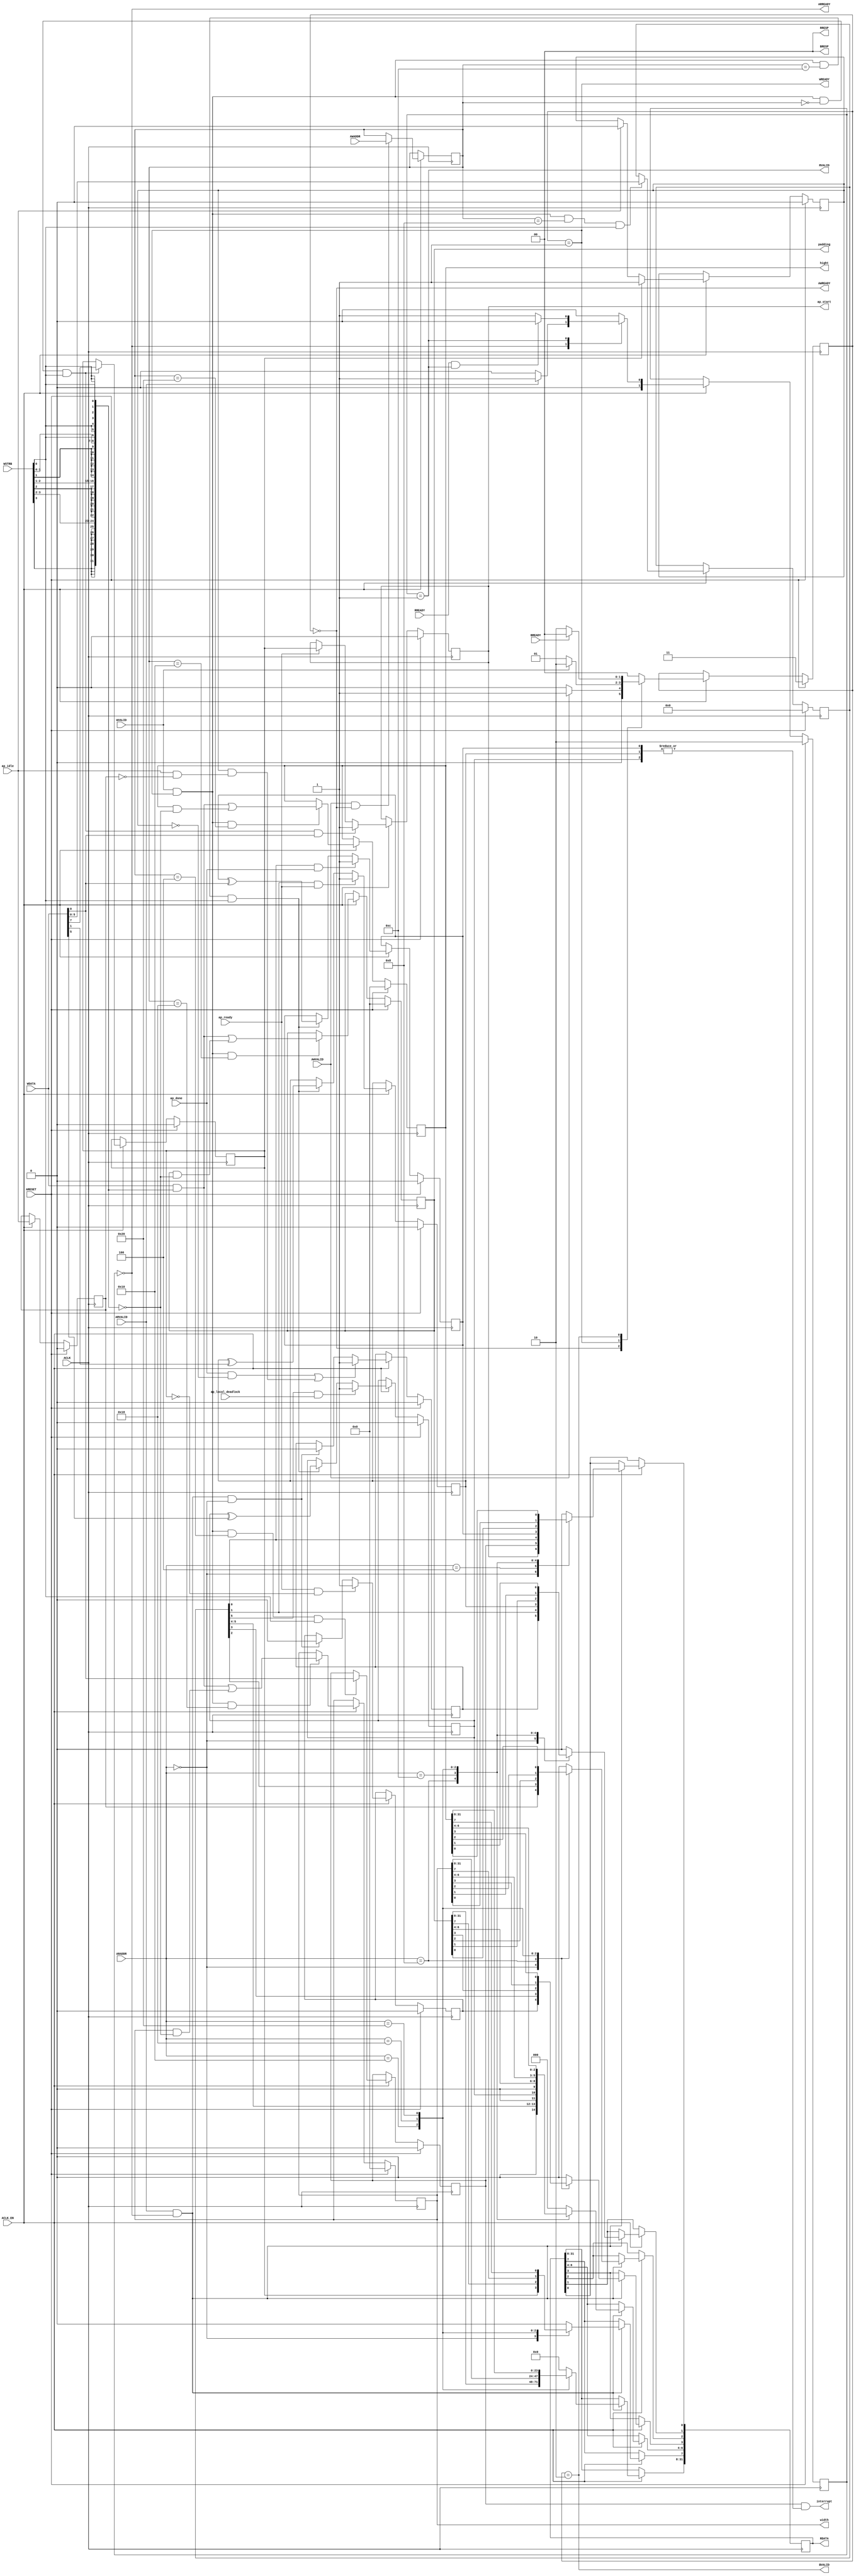
// ==============================================================
// Vitis HLS - High-Level Synthesis from C, C++ and OpenCL v2021.2 (64-bit)
// Copyright 1986-2021 Xilinx, Inc. All Rights Reserved.
// ==============================================================
`timescale 1ns/1ps
module CNN_control_s_axi
#(parameter
    C_S_AXI_ADDR_WIDTH = 6,
    C_S_AXI_DATA_WIDTH = 32
)(
    input  wire                          ACLK,
    input  wire                          ARESET,
    input  wire                          ACLK_EN,
    input  wire [C_S_AXI_ADDR_WIDTH-1:0] AWADDR,
    input  wire                          AWVALID,
    output wire                          AWREADY,
    input  wire [C_S_AXI_DATA_WIDTH-1:0] WDATA,
    input  wire [C_S_AXI_DATA_WIDTH/8-1:0] WSTRB,
    input  wire                          WVALID,
    output wire                          WREADY,
    output wire [1:0]                    BRESP,
    output wire                          BVALID,
    input  wire                          BREADY,
    input  wire [C_S_AXI_ADDR_WIDTH-1:0] ARADDR,
    input  wire                          ARVALID,
    output wire                          ARREADY,
    output wire [C_S_AXI_DATA_WIDTH-1:0] RDATA,
    output wire [1:0]                    RRESP,
    output wire                          RVALID,
    input  wire                          RREADY,
    output wire                          interrupt,
    output wire [31:0]                   padding,
    output wire [31:0]                   width,
    output wire [31:0]                   hight,
    output wire                          ap_start,
    input  wire                          ap_done,
    input  wire                          ap_ready,
    input  wire                          ap_idle,
    input  wire [0:0]                    ap_local_deadlock
);
//------------------------Address Info-------------------
// 0x00 : Control signals
//        bit 0  - ap_start (Read/Write/COH)
//        bit 1  - ap_done (Read/COR)
//        bit 2  - ap_idle (Read)
//        bit 3  - ap_ready (Read/COR)
//        bit 7  - auto_restart (Read/Write)
//        others - reserved
// 0x04 : Global Interrupt Enable Register
//        bit 0  - Global Interrupt Enable (Read/Write)
//        others - reserved
// 0x08 : IP Interrupt Enable Register (Read/Write)
//        bit 0 - enable ap_done interrupt (Read/Write)
//        bit 1 - enable ap_ready interrupt (Read/Write)
//        bit 5 - enable ap_local_deadlock interrupt (Read/Write)
//        others - reserved
// 0x0c : IP Interrupt Status Register (Read/TOW)
//        bit 0 - ap_done (COR/TOW)
//        bit 1 - ap_ready (COR/TOW)
//        bit 5 - ap_local_deadlock (COR/TOW)
//        others - reserved
// 0x10 : Data signal of padding
//        bit 31~0 - padding[31:0] (Read/Write)
// 0x14 : reserved
// 0x18 : Data signal of width
//        bit 31~0 - width[31:0] (Read/Write)
// 0x1c : reserved
// 0x20 : Data signal of hight
//        bit 31~0 - hight[31:0] (Read/Write)
// 0x24 : reserved
// (SC = Self Clear, COR = Clear on Read, TOW = Toggle on Write, COH = Clear on Handshake)

//------------------------Parameter----------------------
localparam
    ADDR_AP_CTRL        = 6'h00,
    ADDR_GIE            = 6'h04,
    ADDR_IER            = 6'h08,
    ADDR_ISR            = 6'h0c,
    ADDR_PADDING_DATA_0 = 6'h10,
    ADDR_PADDING_CTRL   = 6'h14,
    ADDR_WIDTH_DATA_0   = 6'h18,
    ADDR_WIDTH_CTRL     = 6'h1c,
    ADDR_HIGHT_DATA_0   = 6'h20,
    ADDR_HIGHT_CTRL     = 6'h24,
    WRIDLE              = 2'd0,
    WRDATA              = 2'd1,
    WRRESP              = 2'd2,
    WRRESET             = 2'd3,
    RDIDLE              = 2'd0,
    RDDATA              = 2'd1,
    RDRESET             = 2'd2,
    ADDR_BITS                = 6;

//------------------------Local signal-------------------
    reg  [1:0]                    wstate = WRRESET;
    reg  [1:0]                    wnext;
    reg  [ADDR_BITS-1:0]          waddr;
    wire [C_S_AXI_DATA_WIDTH-1:0] wmask;
    wire                          aw_hs;
    wire                          w_hs;
    reg  [1:0]                    rstate = RDRESET;
    reg  [1:0]                    rnext;
    reg  [C_S_AXI_DATA_WIDTH-1:0] rdata;
    wire                          ar_hs;
    wire [ADDR_BITS-1:0]          raddr;
    // internal registers
    reg                           int_ap_idle;
    reg                           int_ap_ready = 1'b0;
    wire                          task_ap_ready;
    reg                           int_ap_done = 1'b0;
    wire                          task_ap_done;
    reg                           int_task_ap_done = 1'b0;
    reg                           int_ap_start = 1'b0;
    reg                           int_auto_restart = 1'b0;
    reg                           auto_restart_status = 1'b0;
    wire                          auto_restart_done;
    reg                           int_gie = 1'b0;
    reg  [5:0]                    int_ier = 6'b0;
    reg  [5:0]                    int_isr = 6'b0;
    reg  [31:0]                   int_padding = 'b0;
    reg  [31:0]                   int_width = 'b0;
    reg  [31:0]                   int_hight = 'b0;

//------------------------Instantiation------------------


//------------------------AXI write fsm------------------
assign AWREADY = (wstate == WRIDLE);
assign WREADY  = (wstate == WRDATA);
assign BRESP   = 2'b00;  // OKAY
assign BVALID  = (wstate == WRRESP);
assign wmask   = { {8{WSTRB[3]}}, {8{WSTRB[2]}}, {8{WSTRB[1]}}, {8{WSTRB[0]}} };
assign aw_hs   = AWVALID & AWREADY;
assign w_hs    = WVALID & WREADY;

// wstate
always @(posedge ACLK) begin
    if (ARESET)
        wstate <= WRRESET;
    else if (ACLK_EN)
        wstate <= wnext;
end

// wnext
always @(*) begin
    case (wstate)
        WRIDLE:
            if (AWVALID)
                wnext = WRDATA;
            else
                wnext = WRIDLE;
        WRDATA:
            if (WVALID)
                wnext = WRRESP;
            else
                wnext = WRDATA;
        WRRESP:
            if (BREADY)
                wnext = WRIDLE;
            else
                wnext = WRRESP;
        default:
            wnext = WRIDLE;
    endcase
end

// waddr
always @(posedge ACLK) begin
    if (ACLK_EN) begin
        if (aw_hs)
            waddr <= AWADDR[ADDR_BITS-1:0];
    end
end

//------------------------AXI read fsm-------------------
assign ARREADY = (rstate == RDIDLE);
assign RDATA   = rdata;
assign RRESP   = 2'b00;  // OKAY
assign RVALID  = (rstate == RDDATA);
assign ar_hs   = ARVALID & ARREADY;
assign raddr   = ARADDR[ADDR_BITS-1:0];

// rstate
always @(posedge ACLK) begin
    if (ARESET)
        rstate <= RDRESET;
    else if (ACLK_EN)
        rstate <= rnext;
end

// rnext
always @(*) begin
    case (rstate)
        RDIDLE:
            if (ARVALID)
                rnext = RDDATA;
            else
                rnext = RDIDLE;
        RDDATA:
            if (RREADY & RVALID)
                rnext = RDIDLE;
            else
                rnext = RDDATA;
        default:
            rnext = RDIDLE;
    endcase
end

// rdata
always @(posedge ACLK) begin
    if (ACLK_EN) begin
        if (ar_hs) begin
            rdata <= 'b0;
            case (raddr)
                ADDR_AP_CTRL: begin
                    rdata[0] <= int_ap_start;
                    rdata[1] <= int_task_ap_done;
                    rdata[2] <= int_ap_idle;
                    rdata[3] <= int_ap_ready;
                    rdata[7] <= int_auto_restart;
                end
                ADDR_GIE: begin
                    rdata <= int_gie;
                end
                ADDR_IER: begin
                    rdata <= int_ier;
                end
                ADDR_ISR: begin
                    rdata <= int_isr;
                end
                ADDR_PADDING_DATA_0: begin
                    rdata <= int_padding[31:0];
                end
                ADDR_WIDTH_DATA_0: begin
                    rdata <= int_width[31:0];
                end
                ADDR_HIGHT_DATA_0: begin
                    rdata <= int_hight[31:0];
                end
            endcase
        end
    end
end


//------------------------Register logic-----------------
assign interrupt         = int_gie & (|int_isr);
assign ap_start          = int_ap_start;
assign task_ap_done      = (ap_done && !auto_restart_status) || auto_restart_done;
assign task_ap_ready     = ap_ready && !int_auto_restart;
assign auto_restart_done = auto_restart_status && (ap_idle && !int_ap_idle);
assign padding           = int_padding;
assign width             = int_width;
assign hight             = int_hight;
// int_ap_start
always @(posedge ACLK) begin
    if (ARESET)
        int_ap_start <= 1'b0;
    else if (ACLK_EN) begin
        if (w_hs && waddr == ADDR_AP_CTRL && WSTRB[0] && WDATA[0])
            int_ap_start <= 1'b1;
        else if (ap_ready)
            int_ap_start <= int_auto_restart; // clear on handshake/auto restart
    end
end

// int_ap_done
always @(posedge ACLK) begin
    if (ARESET)
        int_ap_done <= 1'b0;
    else if (ACLK_EN) begin
            int_ap_done <= ap_done;
    end
end

// int_task_ap_done
always @(posedge ACLK) begin
    if (ARESET)
        int_task_ap_done <= 1'b0;
    else if (ACLK_EN) begin
        if (task_ap_done)
            int_task_ap_done <= 1'b1;
        else if (ar_hs && raddr == ADDR_AP_CTRL)
            int_task_ap_done <= 1'b0; // clear on read
    end
end

// int_ap_idle
always @(posedge ACLK) begin
    if (ARESET)
        int_ap_idle <= 1'b0;
    else if (ACLK_EN) begin
            int_ap_idle <= ap_idle;
    end
end

// int_ap_ready
always @(posedge ACLK) begin
    if (ARESET)
        int_ap_ready <= 1'b0;
    else if (ACLK_EN) begin
        if (task_ap_ready)
            int_ap_ready <= 1'b1;
        else if (ar_hs && raddr == ADDR_AP_CTRL)
            int_ap_ready <= 1'b0;
    end
end

// int_auto_restart
always @(posedge ACLK) begin
    if (ARESET)
        int_auto_restart <= 1'b0;
    else if (ACLK_EN) begin
        if (w_hs && waddr == ADDR_AP_CTRL && WSTRB[0])
            int_auto_restart <=  WDATA[7];
    end
end

// auto_restart_status
always @(posedge ACLK) begin
    if (ARESET)
        auto_restart_status <= 1'b0;
    else if (ACLK_EN) begin
        if (int_auto_restart)
            auto_restart_status <= 1'b1;
        else if (ap_idle)
            auto_restart_status <= 1'b0;
    end
end

// int_gie
always @(posedge ACLK) begin
    if (ARESET)
        int_gie <= 1'b0;
    else if (ACLK_EN) begin
        if (w_hs && waddr == ADDR_GIE && WSTRB[0])
            int_gie <= WDATA[0];
    end
end

// int_ier
always @(posedge ACLK) begin
    if (ARESET)
        int_ier <= 1'b0;
    else if (ACLK_EN) begin
        if (w_hs && waddr == ADDR_IER && WSTRB[0])
            int_ier <= WDATA[5:0];
    end
end

// int_isr[0]
always @(posedge ACLK) begin
    if (ARESET)
        int_isr[0] <= 1'b0;
    else if (ACLK_EN) begin
        if (int_ier[0] & ap_done)
            int_isr[0] <= 1'b1;
        else if (w_hs && waddr == ADDR_ISR && WSTRB[0])
            int_isr[0] <= int_isr[0] ^ WDATA[0]; // toggle on write
    end
end

// int_isr[1]
always @(posedge ACLK) begin
    if (ARESET)
        int_isr[1] <= 1'b0;
    else if (ACLK_EN) begin
        if (int_ier[1] & ap_ready)
            int_isr[1] <= 1'b1;
        else if (w_hs && waddr == ADDR_ISR && WSTRB[0])
            int_isr[1] <= int_isr[1] ^ WDATA[1]; // toggle on write
    end
end

// int_isr[5]
always @(posedge ACLK) begin
    if (ARESET)
        int_isr[5] <= 1'b0;
    else if (ACLK_EN) begin
        if (int_ier[5] & ap_local_deadlock)
            int_isr[5] <= 1'b1;
        else if (w_hs && waddr == ADDR_ISR && WSTRB[0])
            int_isr[5] <= int_isr[5] ^ WDATA[5]; // toggle on write
    end
end

// int_padding[31:0]
always @(posedge ACLK) begin
    if (ARESET)
        int_padding[31:0] <= 0;
    else if (ACLK_EN) begin
        if (w_hs && waddr == ADDR_PADDING_DATA_0)
            int_padding[31:0] <= (WDATA[31:0] & wmask) | (int_padding[31:0] & ~wmask);
    end
end

// int_width[31:0]
always @(posedge ACLK) begin
    if (ARESET)
        int_width[31:0] <= 0;
    else if (ACLK_EN) begin
        if (w_hs && waddr == ADDR_WIDTH_DATA_0)
            int_width[31:0] <= (WDATA[31:0] & wmask) | (int_width[31:0] & ~wmask);
    end
end

// int_hight[31:0]
always @(posedge ACLK) begin
    if (ARESET)
        int_hight[31:0] <= 0;
    else if (ACLK_EN) begin
        if (w_hs && waddr == ADDR_HIGHT_DATA_0)
            int_hight[31:0] <= (WDATA[31:0] & wmask) | (int_hight[31:0] & ~wmask);
    end
end


//------------------------Memory logic-------------------

endmodule